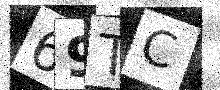
Text: 69TC